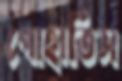
পোহাতিস